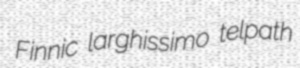
Finnic larghissimo telpath